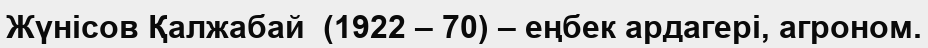
Жүнісов Қалжабай  (1922 – 70) – еңбек ардагері, агроном.